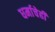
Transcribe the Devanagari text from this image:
धर्माचेही